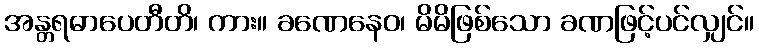
အန္တရဓာပေတီတိ၊ ကား။ ခဏေနေဝ၊ မိမိဖြစ်သော ခဏဖြင့်ပင်လျှင်။